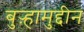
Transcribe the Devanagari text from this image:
बुऱ्हामुद्दीन